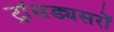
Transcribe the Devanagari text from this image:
ट्रांसड्यसरों